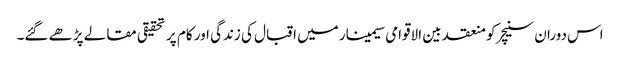
اس دوران سنیچر کو منعقد بین الاقوامی سیمینار میں اقبال کی زندگی اور کام پر تحقیقی مقالے پڑھے ‏گئے۔